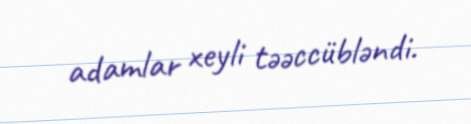
adamlar xeyli təəccübləndi.